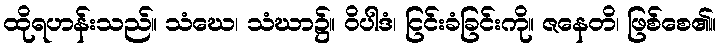
ထိုရဟန်းသည်။ သံဃေ၊ သံဃာ၌။ ဝိပါဒံ၊ ငြင်းခံခြင်းကို။ ဇနေတိ၊ ဖြစ်စေ၏။